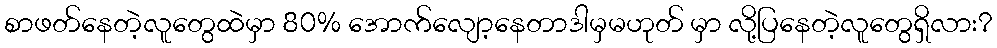
စာဖတ်နေတဲ့လူတွေထဲမှာ 80% အောက်လျော့နေတာဒါမှမဟုတ် မှာ လို့ပြနေတဲ့လူတွေရှိလား?